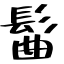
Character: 髷